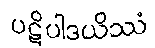
ပဋိပါဒယိဿံ